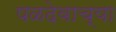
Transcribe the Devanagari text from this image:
पळदेवाच्या